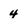
Character: 4